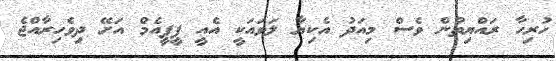
ހުރިހާ ރައްޔިތުން ވެސް މިއަދު އެކިޔާ ލަވައަކީ އެއީ ޕީޕީއެމް އަށޭ ދިވެހިރާއްޖެ